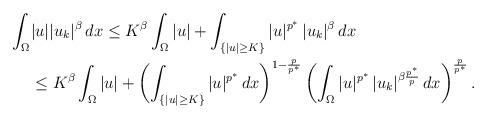
LaTeX: \begin{align*}\int_{\Omega}&|u||u_k|^\beta\, dx\leq K^\beta\int_{\Omega}|u|+\int_{\{|u|\geq K\}}|u|^{p^*}\, |u_k|^{\beta}\, dx\\&\leq K^\beta\int_{\Omega}|u|+\left(\int_{\{|u|\geq K\}}|u|^{p^*}\, dx\right)^{1-\frac{p}{p^*}}\left(\int_{\Omega}|u|^{p^*}\, |u_k|^{\beta\frac{p^*}{p}}\, dx\right)^{\frac{p}{p^*}}.\end{align*}